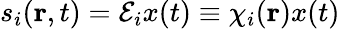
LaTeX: s_{i}(\textbf{r},t)=\mathcal{E}_{i}x(t)\equiv\chi_{i}(\textbf r)x(t)